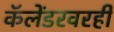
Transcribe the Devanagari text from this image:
कॅलेंडरवरही